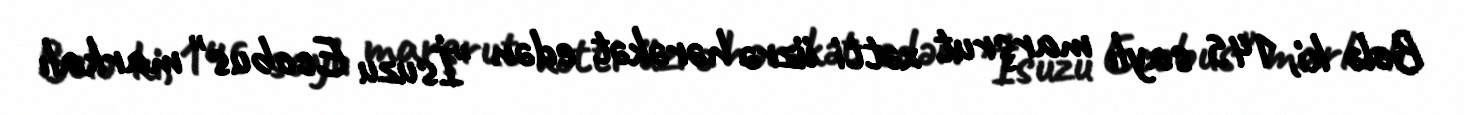
Belə ki, 145 saylı marşrut xətti üzrə hərəkət edən "İsuzu Ecobus" markalı